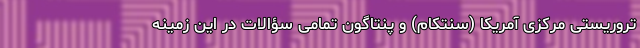
تروریستی مرکزی آمریکا (سنتکام) و پنتاگون تمامی سؤالات در این زمینه